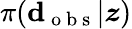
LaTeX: \pi(\boldsymbol{\mathrm{d}}_{\mathrm{{~o~b~s~}}}|\boldsymbol{z})